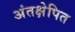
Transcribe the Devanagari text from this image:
अंतक्षेपित